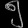
Digit: ၅